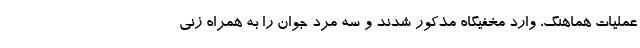
عملیات هماهنگ، وارد مخفیگاه مذکور شدند و سه مرد جوان را به همراه زنی